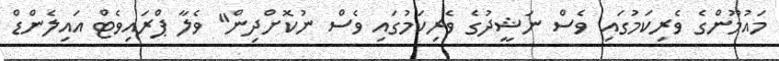
މައުމޫންގެ ވެރިކަމުގައި ވެސް ނަޝީދުގެ ވެރިކަމުގައި ވެސް ނުކޮށްދިން" ވެލާ ޕްރައިވެޓް އައިލެންޑް